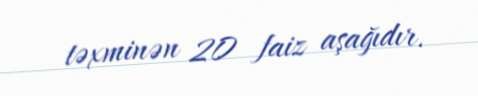
təxminən 20 faiz aşağıdır.